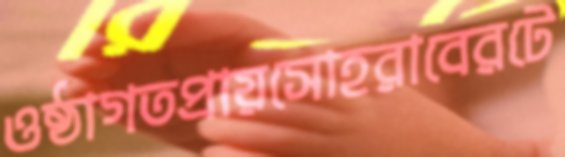
ওষ্ঠাগতপ্রায়সোহরাবেরটে